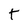
Character: t